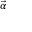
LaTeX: \scriptstyle { \vec { \alpha } }